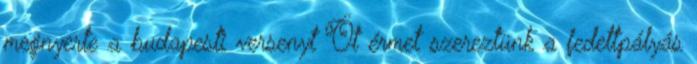
megnyerte a budapesti versenyt Öt érmet szereztünk a fedettpályás